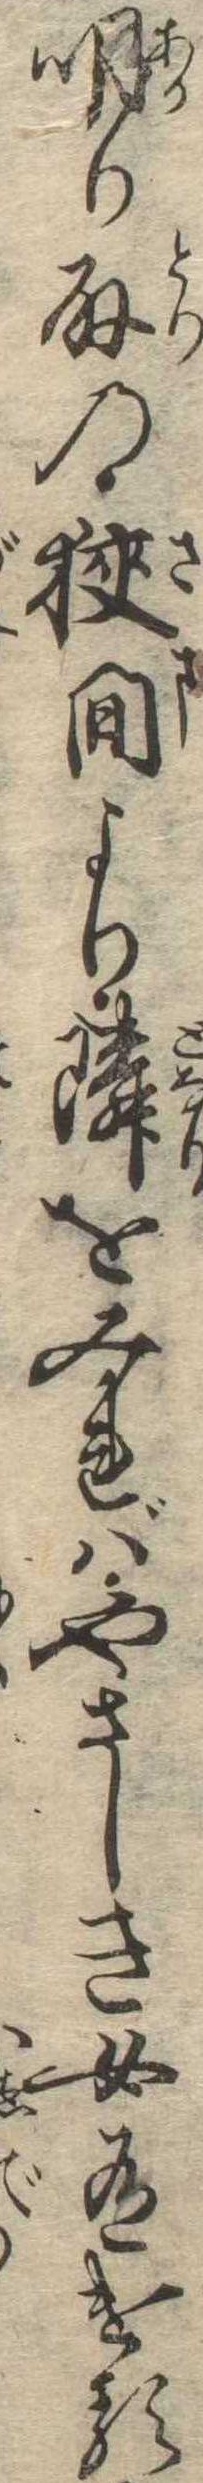
明り取の狭間より隣をみればやさしき女有ける